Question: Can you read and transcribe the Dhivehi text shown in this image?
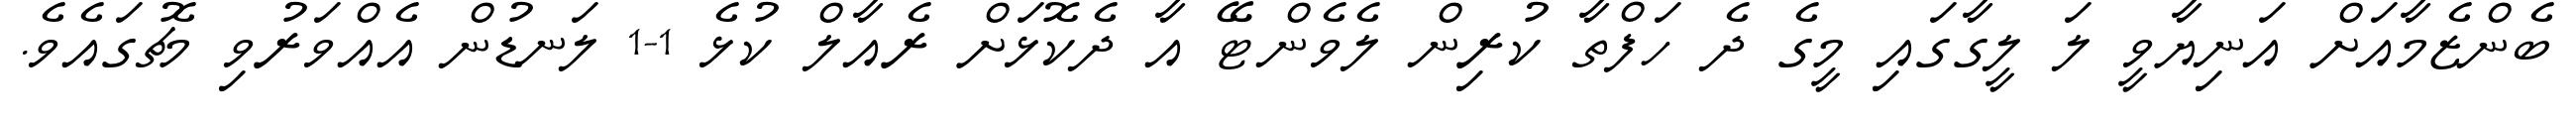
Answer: ބެންޒެމާއަށް އަނިޔާވީ ލަ ލީގާގައި މީގެ ދެ ހަފްތާ ކުރިން ލެވެންޓޭ އާ ދެކޮޅަށް ރެއާލް ކުޅެ 1-1 ލަނޑުން އެއްވަރުވި މެޗުގައެވެ.